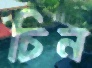
চিন